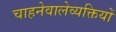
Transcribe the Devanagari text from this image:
चाहनेवालेव्यक्तियों